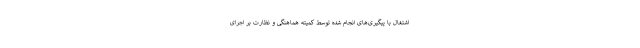
اشتغال با پیگیری‌های انجام شده توسط کمیته هماهنگی و نظارت بر اجرای